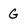
Character: g